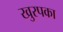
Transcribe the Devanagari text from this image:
खुरपका